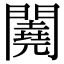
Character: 𨷁